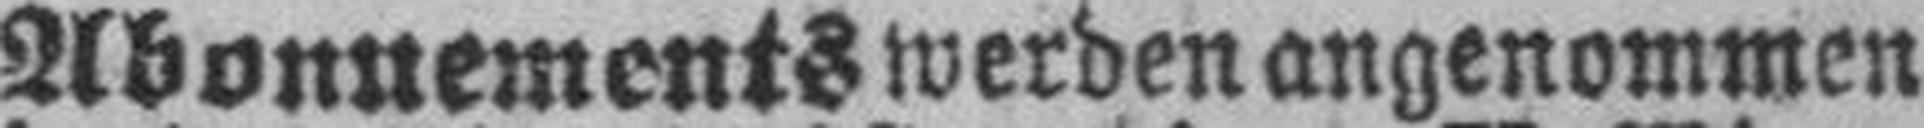
Abonnements werden angenommen